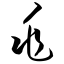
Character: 兆